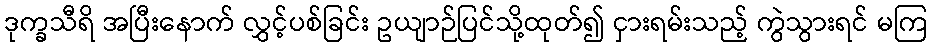
ဒုက္ခသီရိ အပြီးနောက် လွှင့်ပစ်ခြင်း ဥယျာဉ်ပြင်သို့ထုတ်၍ ငှားရမ်းသည့် ကွဲသွားရင် မကြ